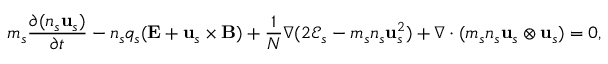
m _ { s } \frac { \partial ( n _ { s } \mathbf { u } _ { s } ) } { \partial t } - n _ { s } q _ { s } ( \mathbf { E } + \mathbf { u } _ { s } \times \mathbf { B } ) + \frac { 1 } { N } \nabla ( 2 \mathcal { E } _ { s } - m _ { s } n _ { s } \mathbf { u } _ { s } ^ { 2 } ) + \nabla \cdot ( m _ { s } n _ { s } \mathbf { u } _ { s } \otimes \mathbf { u } _ { s } ) = 0 ,